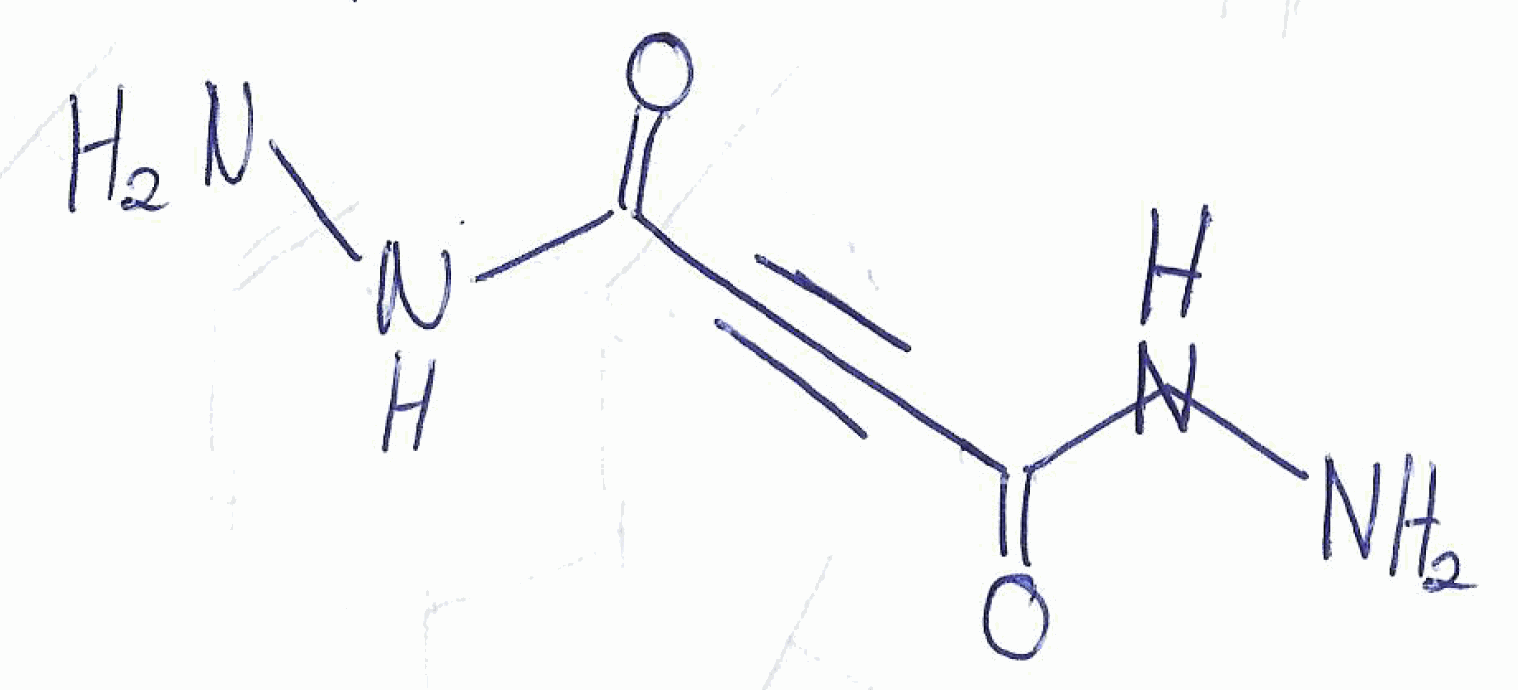
Simplified molecular-input line-entry system (SMILES) notation of the given molecule:
C(#CC(=O)NN)C(=O)NN